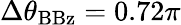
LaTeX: \Delta\theta_{\mathrm{BBz}}=0.72\pi